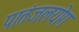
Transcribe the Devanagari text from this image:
पातंजलयोग